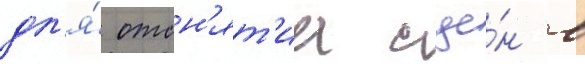
дл'я́ отсн'ят'иа сце́н в